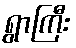
ရွာကြီး